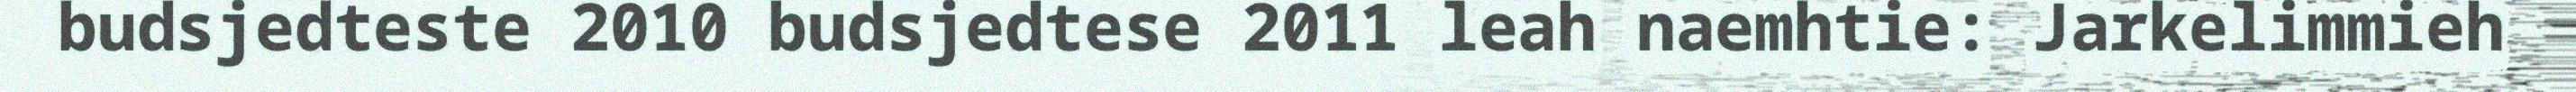
budsjedteste 2010 budsjedtese 2011 leah naemhtie: Jarkelimmieh